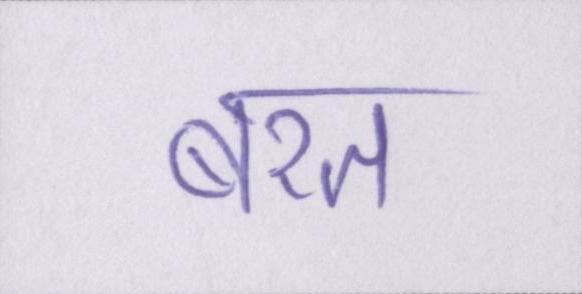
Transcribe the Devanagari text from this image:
बरत